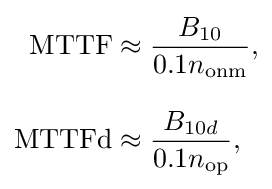
{\begin{aligned}{\text{MTTF}}&\approx {\frac {B_{10}}{0.1n_{\text{onm}}}},\\[8pt]{\text{MTTFd}}&\approx {\frac {B_{10d}}{0.1n_{\text{op}}}},\end{aligned}}